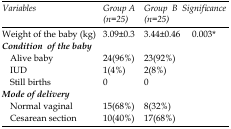
<table><thead><tr><td><b><i>Variables</i></b></td><td><b><i>Group A (n=25)</i></b></td><td><b><i>Group B (n=25)</i></b></td><td><b><i>Significance</i></b></td></tr></thead><tbody><tr><td>Weight of the baby (kg)</td><td>3.09±0.3</td><td>3.44±0.46</td><td>0.003*</td></tr><tr><td>Condition of the baby</td><td></td><td></td><td></td></tr><tr><td>Alive babyIUDStill births</td><td>24 (96%)1(4%)0</td><td>23(92%)2(8%)0</td><td></td></tr><tr><td>Mode of delivery</td><td></td><td></td><td></td></tr><tr><td>Normal vaginalCesarean section</td><td>15(68%)10(40%)</td><td>8(32%)17(68%)</td><td></td></tr></tbody></table>